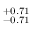
^ { + 0 . 7 1 } _ { - 0 . 7 1 }